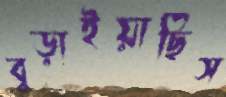
বুড়াইয়াছিস